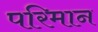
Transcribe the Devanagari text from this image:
परिमान